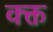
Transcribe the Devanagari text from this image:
क्क्त